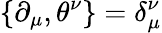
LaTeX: \{ \partial_{\mu},\theta^{\nu}\} =\delta_{\mu}^{\nu}